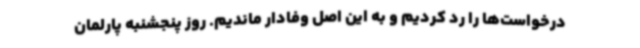
درخواست‌ها را رد کردیم و به این اصل وفادار ماندیم. روز پنجشنبه پارلمان